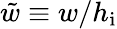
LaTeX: \tilde{w}\equiv w/h_{\mathrm{i}}